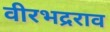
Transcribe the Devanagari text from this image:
वीरभद्रराव